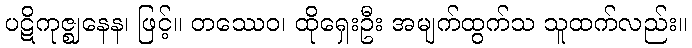
ပဋိကုဇ္ဈနေန၊ ဖြင့်။ တဿေဝ၊ ထိုရှေးဦး အမျက်ထွက်သ သူထက်လည်း။